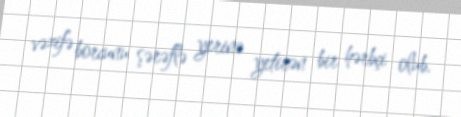
vəzifə borcunu şərəflə yerinə yetirən bir hərbçi olub.